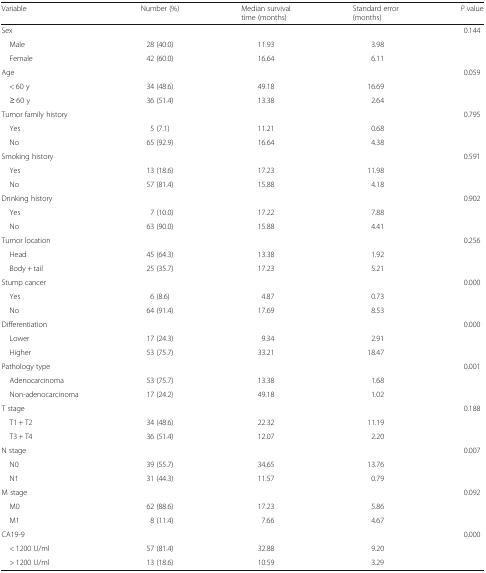
<table><thead><tr><td><b>Variable</b></td><td><b>Number (%)</b></td><td><b>Median survival time (months)</b></td><td><b>Standard error (months)</b></td><td><b><i>P</i> value</b></td></tr></thead><tbody><tr><td>Sex</td><td></td><td></td><td></td><td>0.144</td></tr><tr><td> Male</td><td>28 (40.0)</td><td>11.93</td><td>3.98</td><td></td></tr><tr><td> Female</td><td>42 (60.0)</td><td>16.64</td><td>6.11</td><td></td></tr><tr><td>Age</td><td></td><td></td><td></td><td>0.059</td></tr><tr><td> &lt; 60 y</td><td>34 (48.6)</td><td>49.18</td><td>16.69</td><td></td></tr><tr><td> ≥ 60 y</td><td>36 (51.4)</td><td>13.38</td><td>2.64</td><td></td></tr><tr><td>Tumor family history</td><td></td><td></td><td></td><td>0.795</td></tr><tr><td> Yes</td><td>5 (7.1)</td><td>11.21</td><td>0.68</td><td></td></tr><tr><td> No</td><td>65 (92.9)</td><td>16.64</td><td>4.38</td><td></td></tr><tr><td>Smoking history</td><td></td><td></td><td></td><td>0.591</td></tr><tr><td> Yes</td><td>13 (18.6)</td><td>17.23</td><td>11.98</td><td></td></tr><tr><td> No</td><td>57 (81.4)</td><td>15.88</td><td>4.18</td><td></td></tr><tr><td>Drinking history</td><td></td><td></td><td></td><td>0.902</td></tr><tr><td> Yes</td><td>7 (10.0)</td><td>17.22</td><td>7.88</td><td></td></tr><tr><td> No</td><td>63 (90.0)</td><td>15.88</td><td>4.41</td><td></td></tr><tr><td>Tumor location</td><td></td><td></td><td></td><td>0.256</td></tr><tr><td> Head</td><td>45 (64.3)</td><td>13.38</td><td>1.92</td><td></td></tr><tr><td> Body + tail</td><td>25 (35.7)</td><td>17.23</td><td>5.21</td><td></td></tr><tr><td>Stump cancer</td><td></td><td></td><td></td><td>0.000</td></tr><tr><td> Yes</td><td>6 (8.6)</td><td>4.87</td><td>0.73</td><td></td></tr><tr><td> No</td><td>64 (91.4)</td><td>17.69</td><td>8.53</td><td></td></tr><tr><td>Differentiation</td><td></td><td></td><td></td><td>0.000</td></tr><tr><td> Lower</td><td>17 (24.3)</td><td>9.34</td><td>2.91</td><td></td></tr><tr><td> Higher</td><td>53 (75.7)</td><td>33.21</td><td>18.47</td><td></td></tr><tr><td>Pathology type</td><td></td><td></td><td></td><td>0.001</td></tr><tr><td> Adenocarcinoma</td><td>53 (75.7)</td><td>13.38</td><td>1.68</td><td></td></tr><tr><td> Non-adenocarcinoma</td><td>17 (24.2)</td><td>49.18</td><td>1.02</td><td></td></tr><tr><td>T stage</td><td></td><td></td><td></td><td>0.188</td></tr><tr><td> T1 + T2</td><td>34 (48.6)</td><td>22.32</td><td>11.19</td><td></td></tr><tr><td> T3 + T4</td><td>36 (51.4)</td><td>12.07</td><td>2.20</td><td></td></tr><tr><td>N stage</td><td></td><td></td><td></td><td>0.007</td></tr><tr><td> N0</td><td>39 (55.7)</td><td>34.65</td><td>13.76</td><td></td></tr><tr><td> N1</td><td>31 (44.3)</td><td>11.57</td><td>0.79</td><td></td></tr><tr><td>M stage</td><td></td><td></td><td></td><td>0.092</td></tr><tr><td> M0</td><td>62 (88.6)</td><td>17.23</td><td>5.86</td><td></td></tr><tr><td> M1</td><td>8 (11.4)</td><td>7.66</td><td>4.67</td><td></td></tr><tr><td>CA19-9</td><td></td><td></td><td></td><td>0.000</td></tr><tr><td> &lt; 1200 U/ml</td><td>57 (81.4)</td><td>32.88</td><td>9.20</td><td></td></tr><tr><td> &gt; 1200 U/ml</td><td>13 (18.6)</td><td>10.59</td><td>3.29</td><td></td></tr></tbody></table>